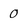
Character: 0